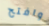
وافتح